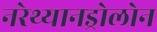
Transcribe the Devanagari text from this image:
नरेथ्यानड्रोलोन